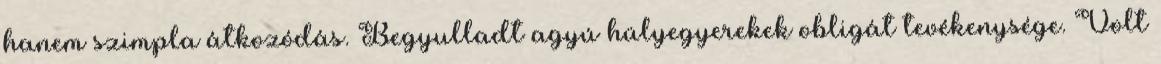
hanem szimpla átkozódás. Begyulladt agyú hülyegyerekek obligát tevékenysége. Volt